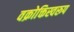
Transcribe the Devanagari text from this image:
वक्रोक्तिस्वरूप